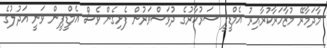
މާދަމާރޭ މުޒާހަރާކުރާއިރު އެމްޑީޕީ ސަރުކާރުގެ ދުވަސްވަރުން ފެށިގެން ވެސް އެމްޑީޕީން ވަނީ އަދުލުގެ